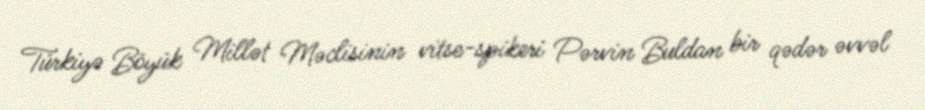
Türkiyə Böyük Millət Məclisinin vitse-spikeri Pərvin Buldan bir qədər əvvəl